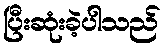
ပြီးဆုံးခဲ့ပါသည်